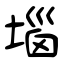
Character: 堖